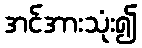
အင်အားသုံး၍